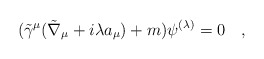
\begin{align*}(\tilde{\gamma}^\mu (\tilde{\nabla}_\mu+i\lambda a_\mu)+m)\psi^{(\lambda)}=0~~~,\end{align*}